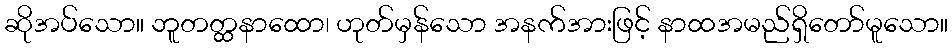
ဆိုအပ်သော။ ဘူတတ္ထနာထော၊ ဟုတ်မှန်သော အနက်အားဖြင့် နာထအမည်ရှိတော်မူသော။